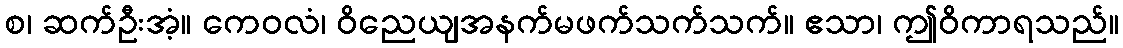
စ၊ ဆက်ဦးအံ့။ ကေဝလံ၊ ဝိညေယျအနက်မဖက်သက်သက်။ ဧသာ၊ ဤဝိကာရသည်။